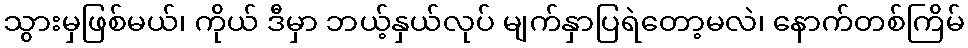
သွားမှဖြစ်မယ်၊ ကိုယ် ဒီမှာ ဘယ့်နှယ်လုပ် မျက်နှာပြရဲတော့မလဲ၊ နောက်တစ်ကြိမ်